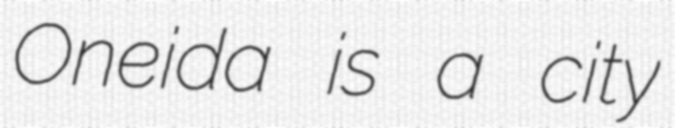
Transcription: Oneida is a city